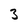
Character: 3